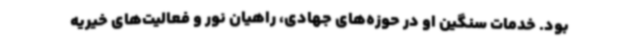
بود. خدمات سنگین او در حوزه‌های جهادی، راهیان نور و فعالیت‌های خیریه